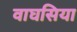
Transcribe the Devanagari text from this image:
वाघसिया